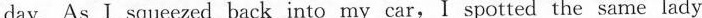
day. As I squeezed back into my car,I spotted the same lady